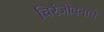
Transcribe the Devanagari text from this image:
चिरंजीवनाचे